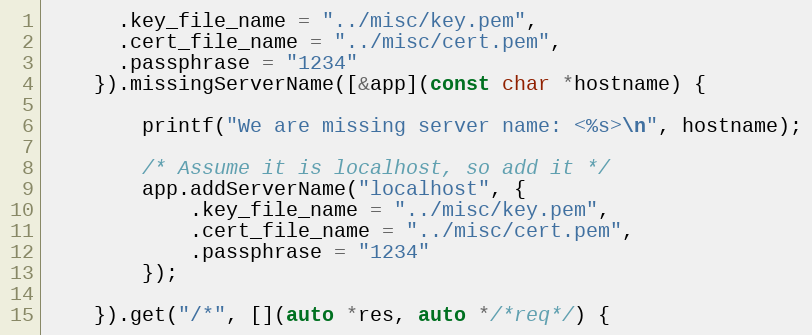
Language: C++
	  .key_file_name = "../misc/key.pem",
	  .cert_file_name = "../misc/cert.pem",
	  .passphrase = "1234"
	}).missingServerName([&app](const char *hostname) {

		printf("We are missing server name: <%s>\n", hostname);

		/* Assume it is localhost, so add it */
		app.addServerName("localhost", {
			.key_file_name = "../misc/key.pem",
			.cert_file_name = "../misc/cert.pem",
			.passphrase = "1234"
		});

	}).get("/*", [](auto *res, auto */*req*/) {